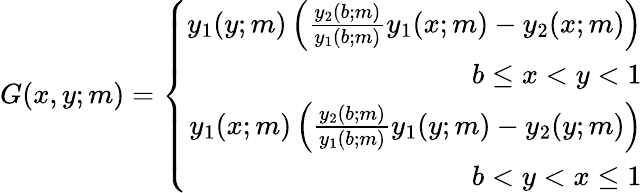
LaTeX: \begin{array}{r}{G(x,y;m)=\left\{ \begin{array}{r}{y_{1}(y;m)\left(\frac{y_{2}(b;m)}{y_{1}(b;m)}y_{1}(x;m)-y_{2}(x;m)\right)}\\ {b\leq x<y<1}\\ {y_{1}(x;m)\left(\frac{y_{2}(b;m)}{y_{1}(b;m)}y_{1}(y;m)-y_{2}(y;m)\right)}\\ {b<y<x\leq 1}\end{array}\right.}\end{array}